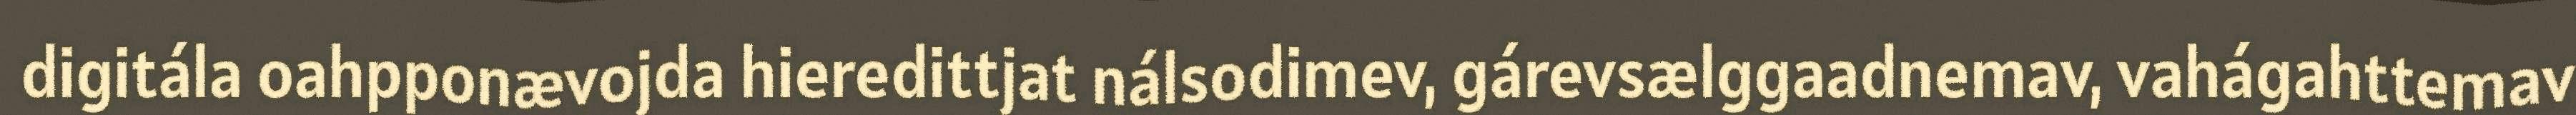
digitála oahpponævojda hieredittjat nálsodimev, gárevsælggaadnemav, vahágahttemav